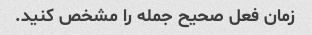
زمان فعل صحیح جمله را مشخص کنید.